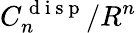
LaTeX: C_{n}^{\mathrm{~d~i~s~p~}}/R^{n}